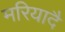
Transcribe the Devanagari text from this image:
मरियादै